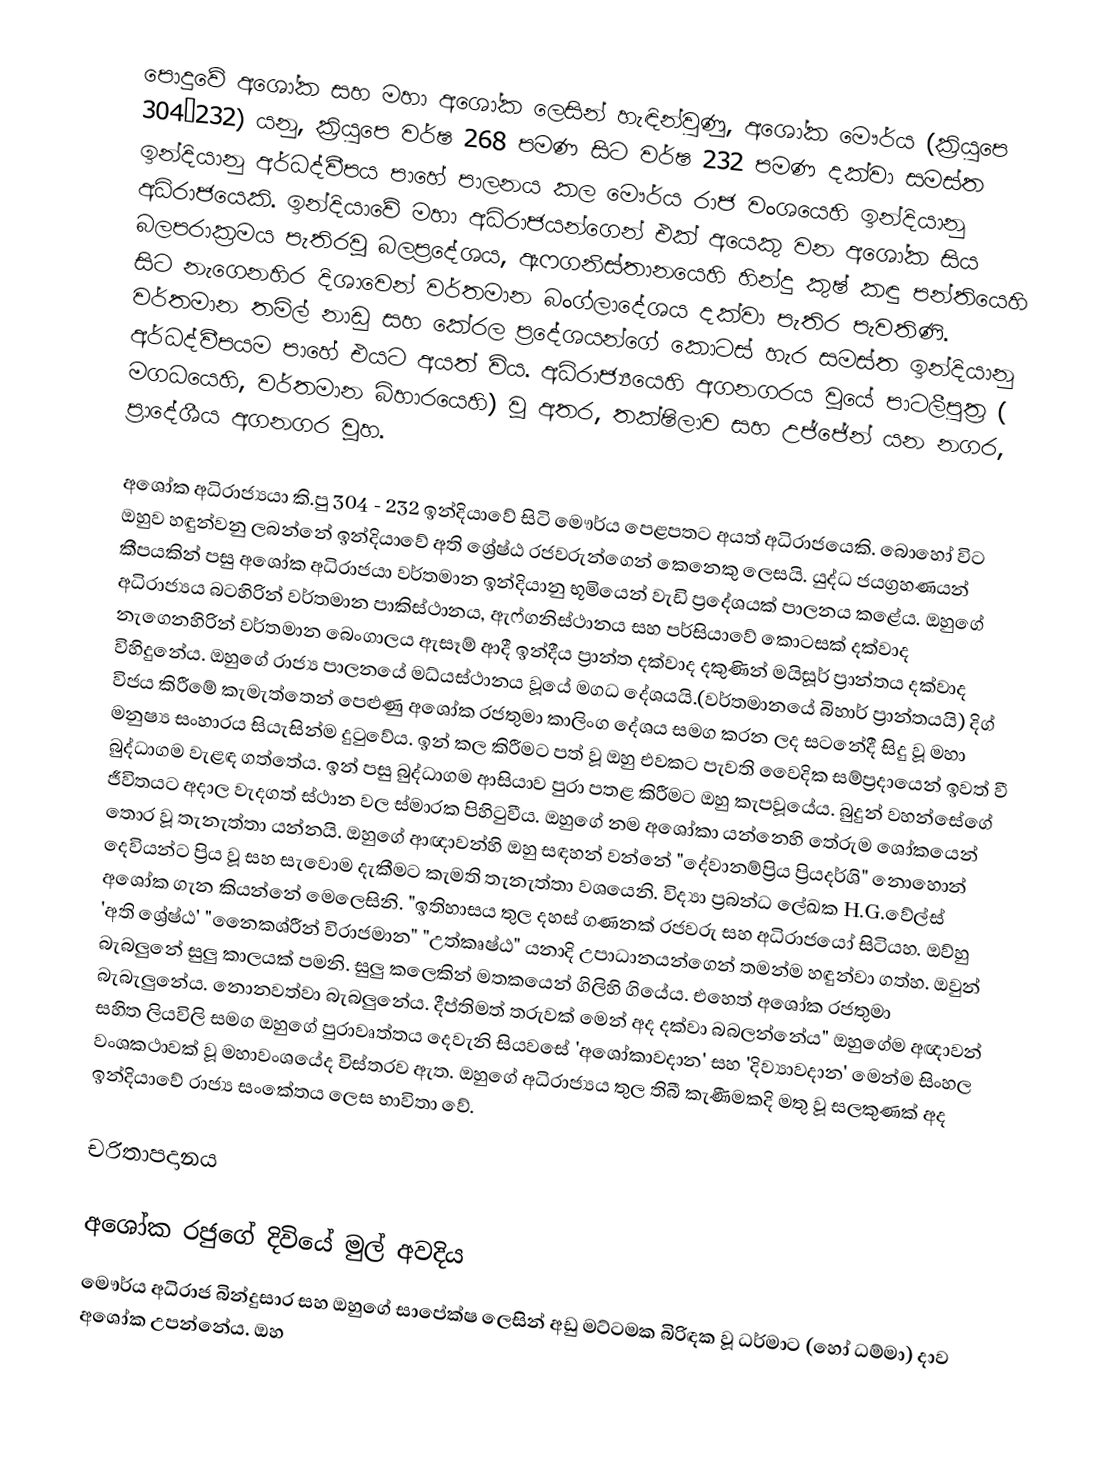
පොදුවේ අශෝක  සහ මහා අශෝක ලෙසින් හැඳින්වුණු, අශෝක මෞර්ය (ක්‍රියුපෙ 304–232) යනු, ක්‍රියුපෙ වර්ෂ 268 පමණ සිට වර්ෂ 232 පමණ දක්වා සමස්ත ඉන්දියානු අර්ධද්වීපය පාහේ පාලනය කල මෞර්ය රාජ වංශයෙහි  ඉන්දියානු අධිරාජයෙකි.  ඉන්දියාවේ මහා අධිරාජයන්ගෙන් එක් අයෙකු වන අශෝක සිය බලපරාක්‍රමය පැතිරවූ බලප්‍රදේශය,  ඇෆගනිස්තානයෙහි හින්දු කුෂ් කඳු පන්තියෙහි  සිට නැගෙනහිර දිශාවෙන් වර්තමාන  බංග්ලාදේශය දක්වා පැතිර පැවතිණි. වර්තමාන තමිල් නාඩු සහ කේරල ප්‍රදේශයන්ගේ කොටස් හැර සමස්ත ඉන්දියානු අර්ධද්වීපයම පාහේ එයට අයත් විය.  අධිරාජ්‍යයෙහි අගනගරය වූයේ  පාටලීපුත්‍ර ( මගධයෙහි, වර්තමාන බිහාරයෙහි) වූ අතර, තක්ෂිලාව සහ උජ්ජේන් යන නගර, ප්‍රාදේශීය අගනගර වූහ.

අශෝක අධිරාජ්‍යයා කි.පු 304 - 232 ඉන්දියාවේ සිටි මෞර්ය පෙළපතට අයත් අධිරාජයෙකි. බොහෝ විට ඔහුව හඳුන්වනු ලබන්නේ ඉන්දියාවේ අති ශ්‍රේෂ්ඨ රජවරුන්ගෙන් කෙනෙකු ලෙසයි. යුද්ධ ජයග්‍රහණයන් කීපයකින් පසු අශෝක අධිරාජයා වර්තමාන ඉන්දියානු භූමියෙන් වැඩි ප්‍රදේශයක් පාලනය කළේය. ඔහුගේ අධිරාජ්‍යය බටහිරින් වර්තමාන පාකිස්ථානය, ඇෆ්ගනිස්ථානය සහ පර්සියාවේ කොටසක් දක්වාද නැගෙනහිරින් වර්තමාන බෙංගාලය ඇසෑම් ආදී ඉන්දීය ප්‍රාන්ත දක්වාද දකුණින් මයිසූර් ප්‍රාන්තය දක්වාද විහිදුනේය. ඔහුගේ රාජ්‍ය පාලනයේ මධ්යස්ථානය වූයේ මගධ දේශයයි.(වර්තමානයේ බිහාර් ප්‍රාන්තයයි) දිග් විජය කිරීමේ කැමැත්තෙන් පෙළුණු අශෝක රජතුමා කාලිංග දේශය සමග කරන ලද සටනේදී සිදු වූ මහා මනුෂ්‍ය සංහාරය සියැසින්ම දුටුවේය. ඉන් කල කිරීමට පත් වූ ඔහු එවකට පැවති වෛදික සම්ප්‍රදායෙන් ඉවත් වී බුද්ධාගම වැළඳ ගත්තේය. ඉන් පසු බුද්ධාගම ආසියාව පුරා පතළ කිරීමට ඔහු කැපවූයේය. බුදුන් වහන්සේගේ ජීවිතයට අදාල වැදගත් ස්ථාන වල ස්මාරක පිහිටුවීය. ඔහුගේ නම අශෝකා යන්නෙහි තේරුම ශෝකයෙන් තොර වූ තැනැත්තා යන්නයි. ඔහුගේ ආඥාවන්හි ඔහු සඳහන් වන්නේ "දේවානම්ප්‍රිය ප්‍රියදර්ශි" නොහොන් දෙවියන්ට ප්‍රිය වූ සහ සැවොම දැකීමට කැමති තැනැත්තා වශයෙනි. විද්‍යා ප්‍රබන්ධ ලේඛක H.G.වේල්ස් අශෝක ගැන කියන්නේ මෙලෙසිනි.  "ඉතිහාසය තුල දහස් ගණනක් රජවරු සහ අධිරාජයෝ සිටියහ. ඔව්හු 'අති ශ්‍රේෂ්ඨ' "නෛකශ්රීන් විරාජමාන" "උත්කෘෂ්ඨ" යනාදි උපාධානයන්ගෙන් තමන්ම හඳුන්වා ගත්හ. ඔවුන් බැබලුනේ සුලු කාලයක් පමනි. සුලු කලෙකින් මතකයෙන් ගිලිහි ගියේය. එහෙත් අශෝක රජතුමා බැබැලුනේය. නොනවත්වා බැබලුනේය. දීප්තිමත් තරුවක් මෙන් අද දක්වා බබලන්නේය" ඔහුගේම අඥාවන් සහිත ලියවිලි සමග ඔහුගේ පුරාවෘත්තය දෙවැනි සියවසේ 'අශෝකාවදාන' සහ 'දිව්‍යාවදාන' මෙන්ම සිංහල වංශකථාවක් වූ මහාවංශයේද විස්තරව ඇත. ඔහුගේ අධිරාජ්‍යය තුල තිබී කැණීමකදි මතු වූ සලකුණක් අද ඉන්දියාවේ රාජ්‍ය සංකේතය ලෙස භාවිතා වේ.

චරිතාපදානය

අශෝක රජුගේ දිවියේ මුල් අවදිය
මෞර්ය අධිරාජ බින්දුසාර සහ ඔහුගේ සාපේක්ෂ ලෙසින් අඩු මට්ටමක බිරිඳක වූ  ධර්මාට (හෝ ධම්මා) දාව අශෝක උපන්නේය. ඔහ